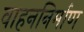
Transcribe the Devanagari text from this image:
वाहननिर्माण